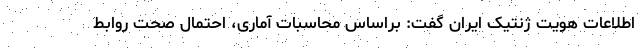
اطلاعات هویت ژنتیک ایران گفت: براساس محاسبات آماری، احتمال صحت روابط